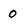
Character: 0